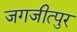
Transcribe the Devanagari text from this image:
जगजीत्पुर